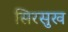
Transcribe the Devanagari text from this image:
सिरसुख